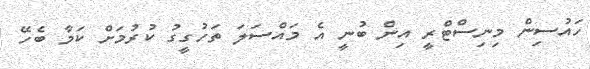
ހައުސިން މިނިސްޓްރީ އިން ބުނީ އެ މައްސަލަ ތަހުގީގު ކުރުމަށް ކަމާ ބެހޭ